Scottish Certificate of Education, 1963
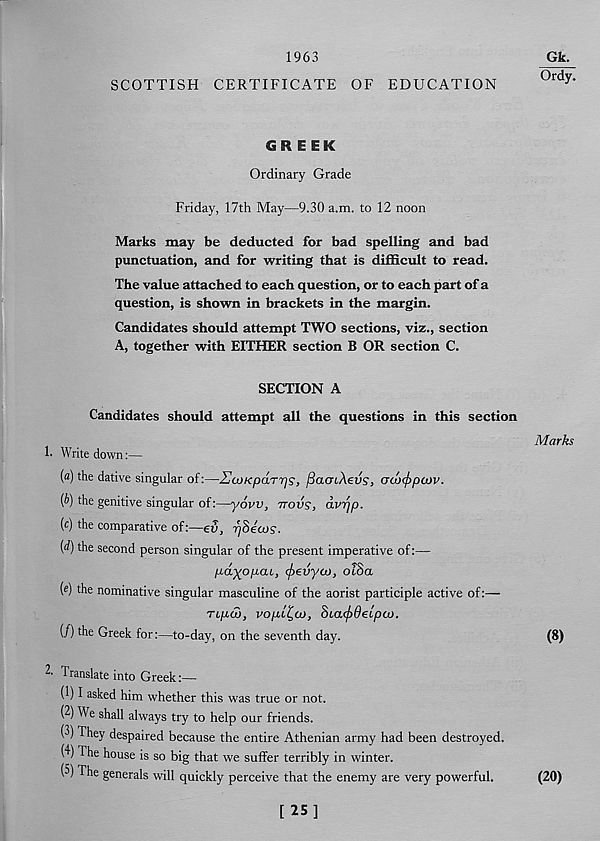
1963
Gk.
Ordy.
SCOTTISH CERTIFICATE OF EDUCATION
GREEK
Ordinary Grade
Friday, 17th May—9.30 a.m. to 12 noon
Marks may be deducted for bad spelling and bad
punctuation, and for writing that is difficult to read.
The value attached to each question, or to each part of a
question, is shown in brackets in the margin.
Candidates should attempt TWO sections, viz., section
A, together with EITHER section B OR section C.
SECTION A
Marks
(8)
Candidates should attempt all the questions in this section
!• Write down:—
(a) the dative singular of:—EcoKpdrrjs, fiacnAevs, od><f>p(ov.
(b) the genitive singular of:—yovv, ttovs, dvrjp.
(c) the comparative of:—ev, r)8eajs-
(d) the second person singular of the present imperative of:—
pd^opai, cfrevyoL), oi8a
(e) the nominative singular masculine of the aorist participle active of:—
ripu), vopL^co, SiacfiOeipcL).
(/) the Greek for:—to-day, on the seventh day.
2 - Translate into Greek:—
(1) I asked him whether this was true or not.
(2) We shall always try to help our friends.
(3) They despaired because the entire Athenian army had been destroyed.
(4) The house is so big that we suffer terribly in winter.
(5) The generals will quickly perceive that the enemy are very powerful.
(20)
[ 25]